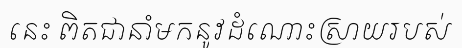
នេះ ពិតជានាំមកនូវដំណោះស្រាយរបស់